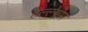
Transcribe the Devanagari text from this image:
हल्ल्स्त्रोम